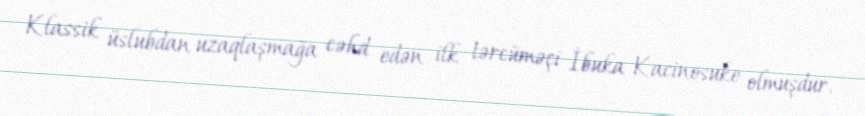
Klassik üslubdan uzaqlaşmağa cəhd edən ilk tərcüməçi İbuka Kacinosuke olmuşdur.